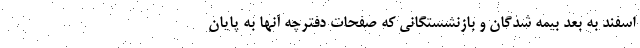
اسفند به بعد بیمه شدگان و بازنشستگانی که صفحات دفترچه آنها به پایان